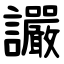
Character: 讝